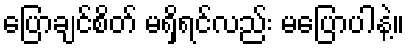
ပြောချင်စိတ် မရှိရင်လည်း မပြောပါနဲ့။